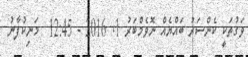
ވަގުތަކީ ކެންސަރު ބައްޔެއް ނޮވެމްބަރު 1